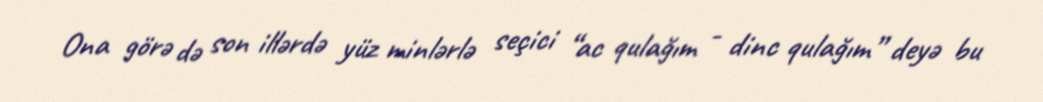
Ona görə də son illərdə yüz minlərlə seçici “ac qulağım - dinc qulağım” deyə bu